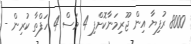
8000 ރުފިޔާ އިން ޖޫރިމަނާކޮށްފި 4 މަސް 4 ހަފްތާ ކުރިން -